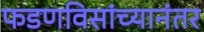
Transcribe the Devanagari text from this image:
फडणविसांच्यानंतर